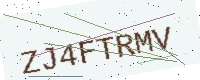
Text: ZJ4FTRMV